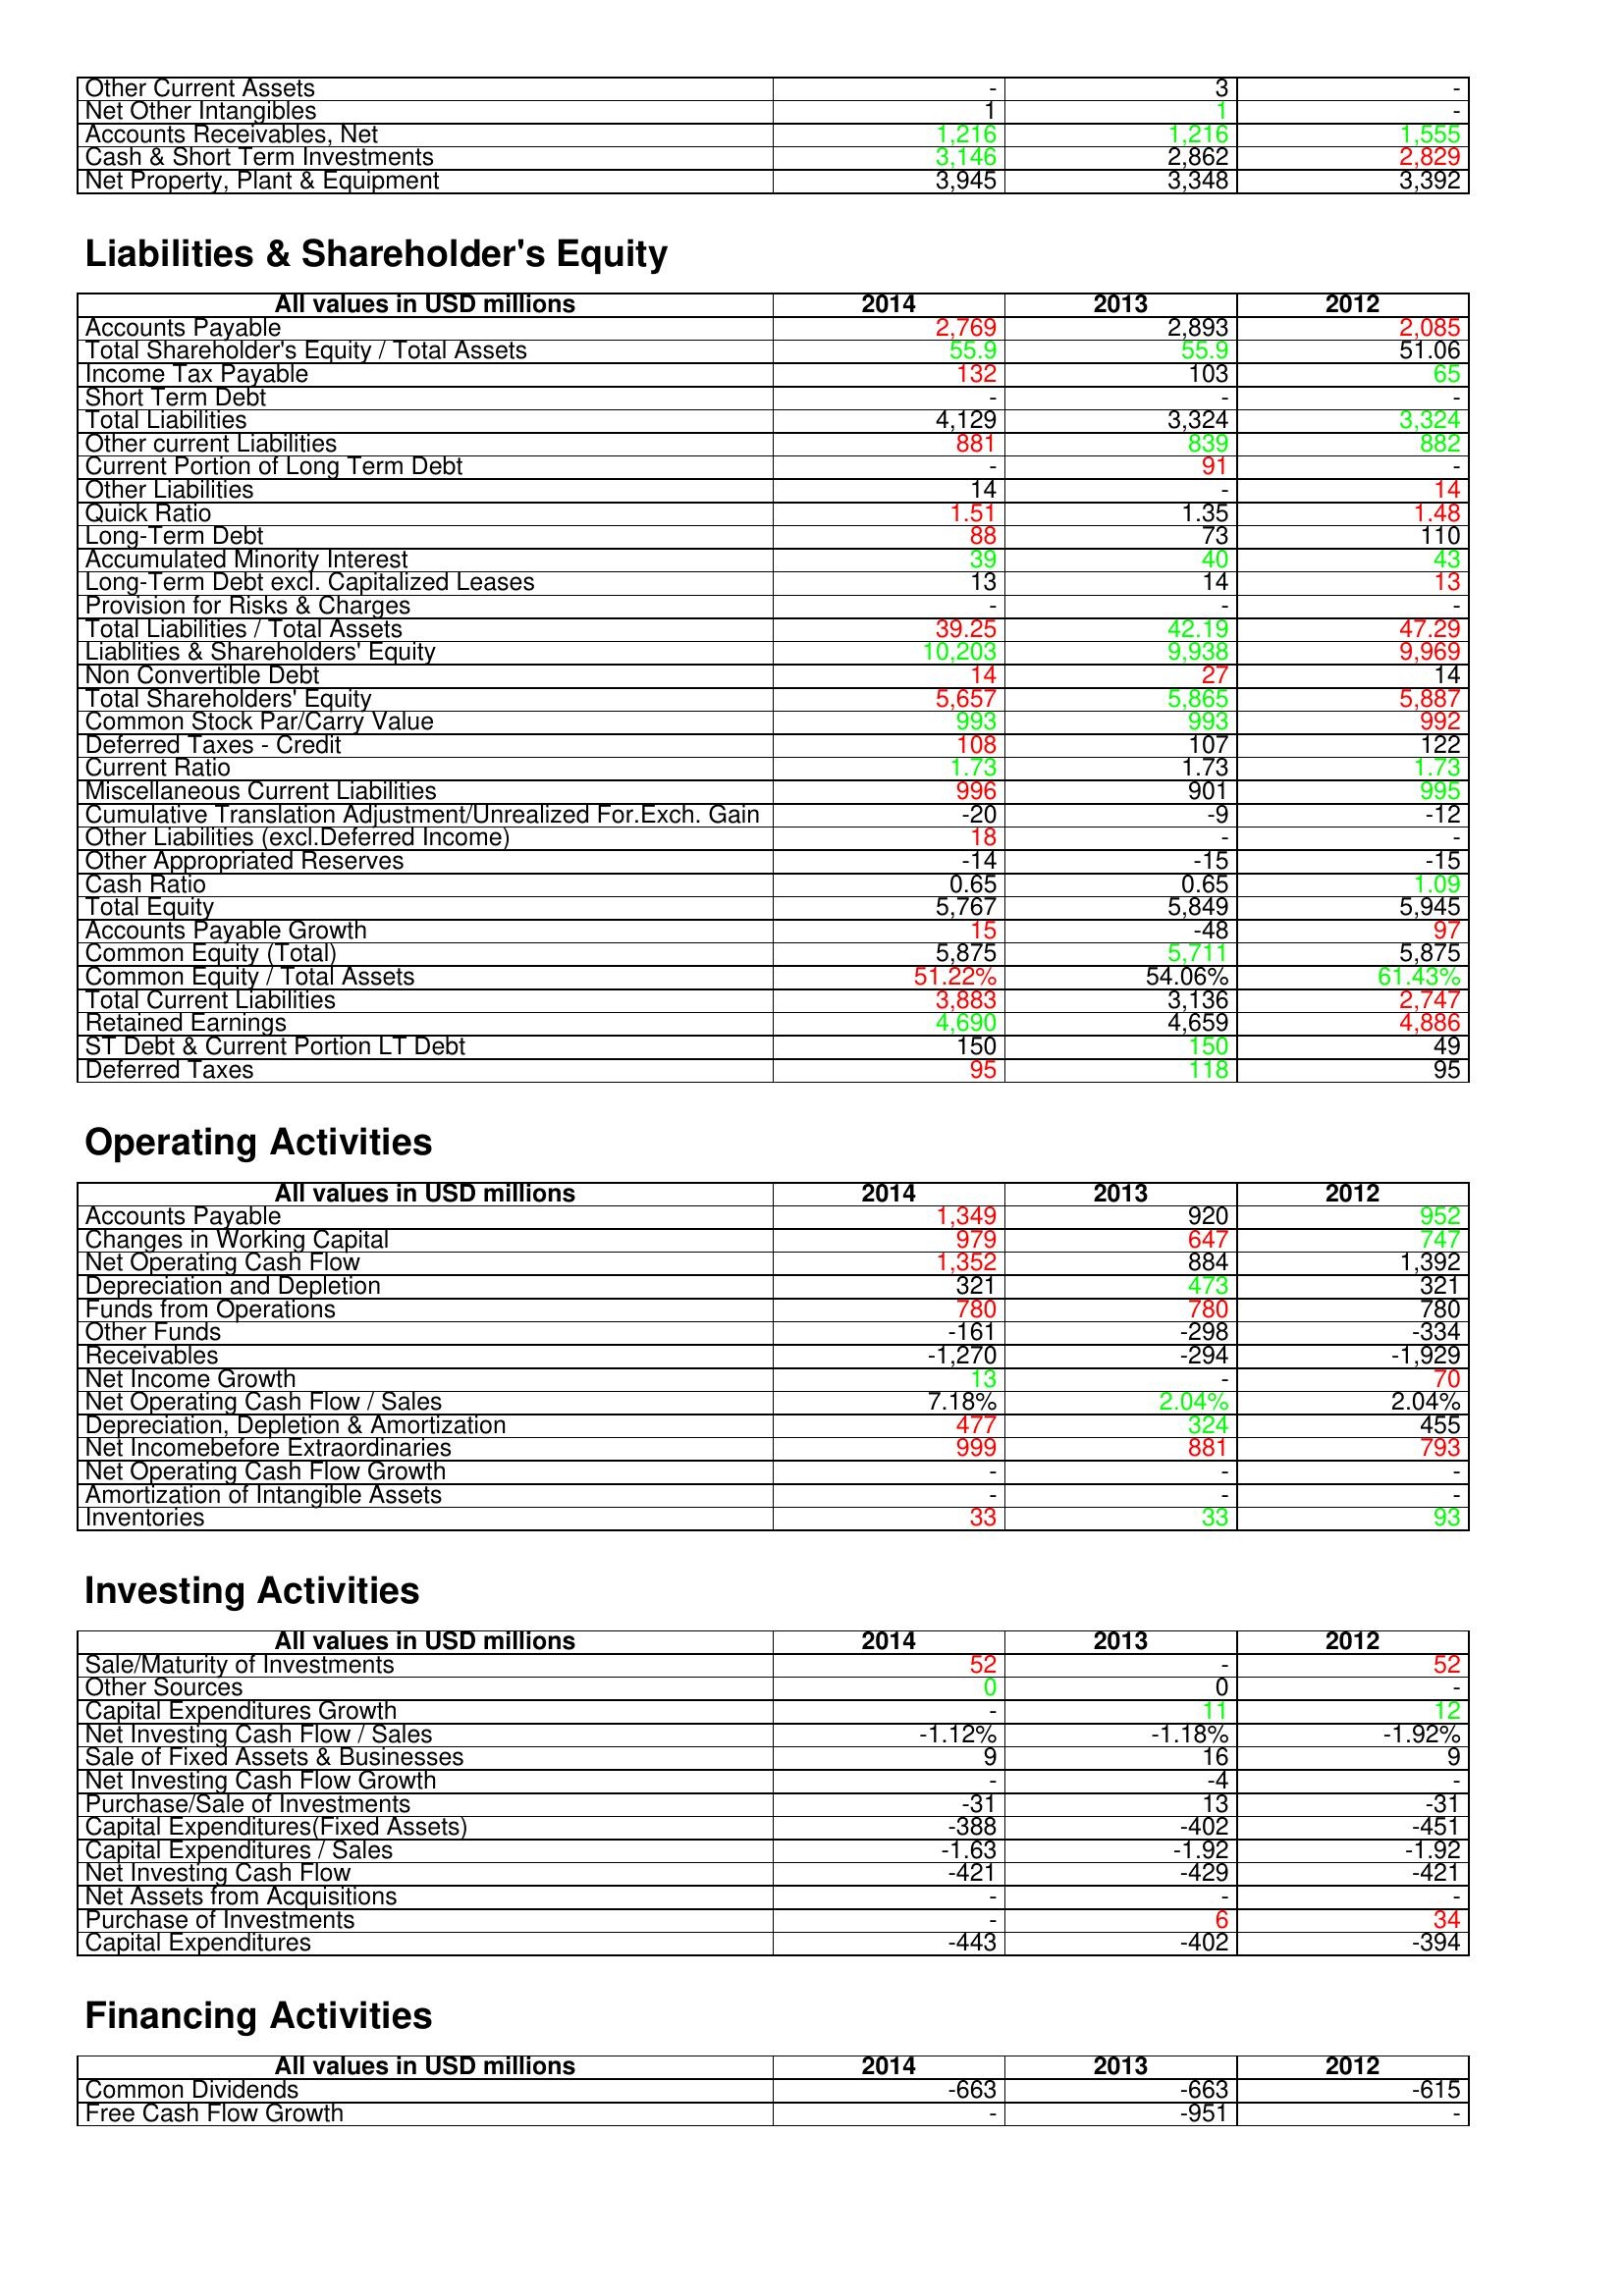
gt_parse: 2014: Assets: Other Current Assets: -
Net Other Intangibles: 1
Accounts Receivables, Net: 1,216
Cash & Short Term Investments: 3,146
Net Property, Plant & Equipment: 3,945
Liabilities & Shareholder's Equity: Accounts Payable: 2,769
Total Shareholder's Equity / Total Assets: 55.9
Income Tax Payable: 132
Short Term Debt: -
Total Liabilities: 4,129
Other current Liabilities: 881
Current Portion of Long Term Debt: -
Other Liabilities: 14
Quick Ratio: 1.51
Long-Term Debt: 88
Accumulated Minority Interest: 39
Long-Term Debt excl. Capitalized Leases: 13
Provision for Risks & Charges: -
Total Liabilities / Total Assets: 39.25
Liablities & Shareholders' Equity: 10,203
Non Convertible Debt: 14
Total Shareholders' Equity: 5,657
Common Stock Par/Carry Value: 993
Deferred Taxes - Credit: 108
Current Ratio: 1.73
Miscellaneous Current Liabilities: 996
Cumulative Translation Adjustment/Unrealized For.Exch. Gain: -20
Other Liabilities (excl.Deferred Income): 18
Other Appropriated Reserves: -14
Cash Ratio: 0.65
Total Equity: 5,767
Accounts Payable Growth: 15
Common Equity (Total): 5,875
Common Equity / Total Assets: 51.22%
Total Current Liabilities: 3,883
Retained Earnings: 4,690
ST Debt & Current Portion LT Debt: 150
Deferred Taxes: 95
Operating Activities: Accounts Payable: 1,349
Changes in Working Capital: 979
Net Operating Cash Flow: 1,352
Depreciation and Depletion: 321
Funds from Operations: 780
Other Funds: -161
Receivables: -1,270
Net Income Growth: 13
Net Operating Cash Flow / Sales: 7.18%
Depreciation, Depletion & Amortization: 477
Net Incomebefore Extraordinaries: 999
Net Operating Cash Flow Growth: -
Amortization of Intangible Assets: -
Inventories: 33
Investing Activities: Sale/Maturity of Investments: 52
Other Sources: 0
Capital Expenditures Growth: -
Net Investing Cash Flow / Sales: -1.12%
Sale of Fixed Assets & Businesses: 9
Net Investing Cash Flow Growth: -
Purchase/Sale of Investments: -31
Capital Expenditures(Fixed Assets): -388
Capital Expenditures / Sales: -1.63
Net Investing Cash Flow: -421
Net Assets from Acquisitions: -
Purchase of Investments: -
Capital Expenditures: -443
Financing Activities: Common Dividends: -663
Free Cash Flow Growth: -
2013: Assets: Other Current Assets: 3
Net Other Intangibles: 1
Accounts Receivables, Net: 1,216
Cash & Short Term Investments: 2,862
Net Property, Plant & Equipment: 3,348
Liabilities & Shareholder's Equity: Accounts Payable: 2,893
Total Shareholder's Equity / Total Assets: 55.9
Income Tax Payable: 103
Short Term Debt: -
Total Liabilities: 3,324
Other current Liabilities: 839
Current Portion of Long Term Debt: 91
Other Liabilities: -
Quick Ratio: 1.35
Long-Term Debt: 73
Accumulated Minority Interest: 40
Long-Term Debt excl. Capitalized Leases: 14
Provision for Risks & Charges: -
Total Liabilities / Total Assets: 42.19
Liablities & Shareholders' Equity: 9,938
Non Convertible Debt: 27
Total Shareholders' Equity: 5,865
Common Stock Par/Carry Value: 993
Deferred Taxes - Credit: 107
Current Ratio: 1.73
Miscellaneous Current Liabilities: 901
Cumulative Translation Adjustment/Unrealized For.Exch. Gain: -9
Other Liabilities (excl.Deferred Income): -
Other Appropriated Reserves: -15
Cash Ratio: 0.65
Total Equity: 5,849
Accounts Payable Growth: -48
Common Equity (Total): 5,711
Common Equity / Total Assets: 54.06%
Total Current Liabilities: 3,136
Retained Earnings: 4,659
ST Debt & Current Portion LT Debt: 150
Deferred Taxes: 118
Operating Activities: Accounts Payable: 920
Changes in Working Capital: 647
Net Operating Cash Flow: 884
Depreciation and Depletion: 473
Funds from Operations: 780
Other Funds: -298
Receivables: -294
Net Income Growth: -
Net Operating Cash Flow / Sales: 2.04%
Depreciation, Depletion & Amortization: 324
Net Incomebefore Extraordinaries: 881
Net Operating Cash Flow Growth: -
Amortization of Intangible Assets: -
Inventories: 33
Investing Activities: Sale/Maturity of Investments: -
Other Sources: 0
Capital Expenditures Growth: 11
Net Investing Cash Flow / Sales: -1.18%
Sale of Fixed Assets & Businesses: 16
Net Investing Cash Flow Growth: -4
Purchase/Sale of Investments: 13
Capital Expenditures(Fixed Assets): -402
Capital Expenditures / Sales: -1.92
Net Investing Cash Flow: -429
Net Assets from Acquisitions: -
Purchase of Investments: 6
Capital Expenditures: -402
Financing Activities: Common Dividends: -663
Free Cash Flow Growth: -951
2012: Assets: Other Current Assets: -
Net Other Intangibles: -
Accounts Receivables, Net: 1,555
Cash & Short Term Investments: 2,829
Net Property, Plant & Equipment: 3,392
Liabilities & Shareholder's Equity: Accounts Payable: 2,085
Total Shareholder's Equity / Total Assets: 51.06
Income Tax Payable: 65
Short Term Debt: -
Total Liabilities: 3,324
Other current Liabilities: 882
Current Portion of Long Term Debt: -
Other Liabilities: 14
Quick Ratio: 1.48
Long-Term Debt: 110
Accumulated Minority Interest: 43
Long-Term Debt excl. Capitalized Leases: 13
Provision for Risks & Charges: -
Total Liabilities / Total Assets: 47.29
Liablities & Shareholders' Equity: 9,969
Non Convertible Debt: 14
Total Shareholders' Equity: 5,887
Common Stock Par/Carry Value: 992
Deferred Taxes - Credit: 122
Current Ratio: 1.73
Miscellaneous Current Liabilities: 995
Cumulative Translation Adjustment/Unrealized For.Exch. Gain: -12
Other Liabilities (excl.Deferred Income): -
Other Appropriated Reserves: -15
Cash Ratio: 1.09
Total Equity: 5,945
Accounts Payable Growth: 97
Common Equity (Total): 5,875
Common Equity / Total Assets: 61.43%
Total Current Liabilities: 2,747
Retained Earnings: 4,886
ST Debt & Current Portion LT Debt: 49
Deferred Taxes: 95
Operating Activities: Accounts Payable: 952
Changes in Working Capital: 747
Net Operating Cash Flow: 1,392
Depreciation and Depletion: 321
Funds from Operations: 780
Other Funds: -334
Receivables: -1,929
Net Income Growth: 70
Net Operating Cash Flow / Sales: 2.04%
Depreciation, Depletion & Amortization: 455
Net Incomebefore Extraordinaries: 793
Net Operating Cash Flow Growth: -
Amortization of Intangible Assets: -
Inventories: 93
Investing Activities: Sale/Maturity of Investments: 52
Other Sources: -
Capital Expenditures Growth: 12
Net Investing Cash Flow / Sales: -1.92%
Sale of Fixed Assets & Businesses: 9
Net Investing Cash Flow Growth: -
Purchase/Sale of Investments: -31
Capital Expenditures(Fixed Assets): -451
Capital Expenditures / Sales: -1.92
Net Investing Cash Flow: -421
Net Assets from Acquisitions: -
Purchase of Investments: 34
Capital Expenditures: -394
Financing Activities: Common Dividends: -615
Free Cash Flow Growth: -